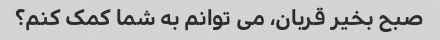
صبح بخیر قربان، می توانم به شما کمک کنم؟